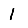
Digit: 1